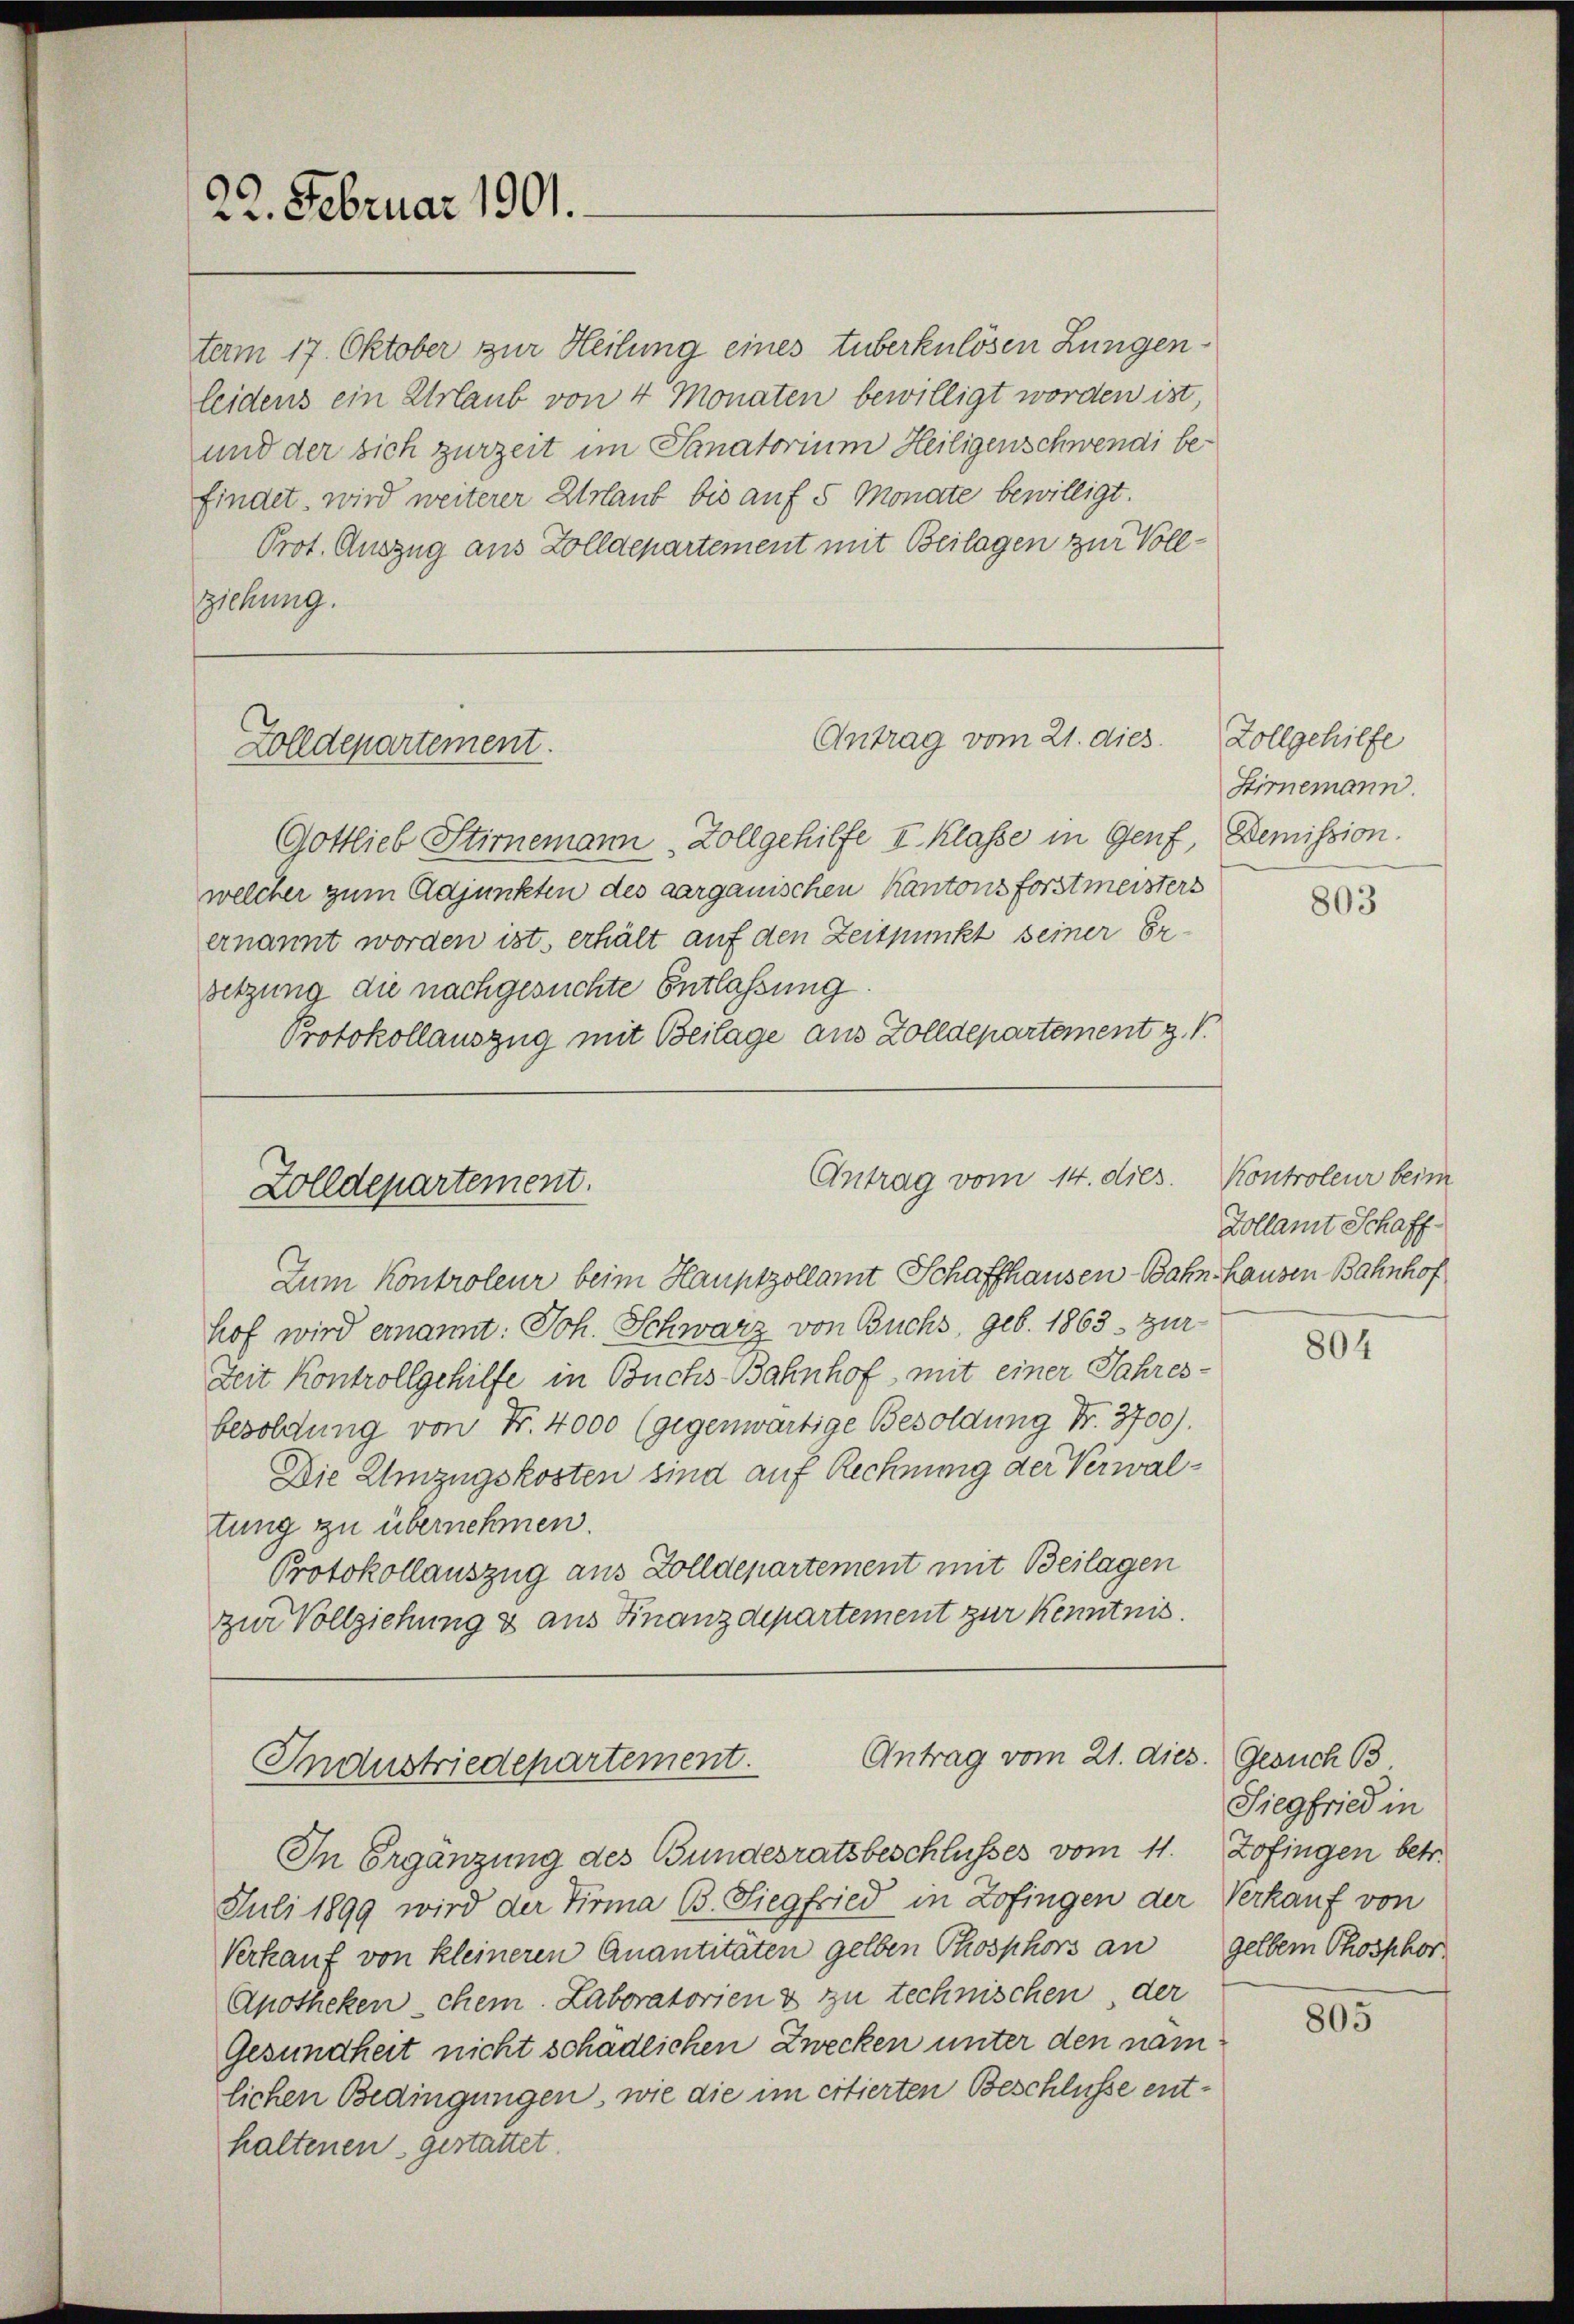
22. Februar 1901.

term 17. Oktober zur Heilung eines tuberkulösen Lungenleidens ein Urlaub von 4 Monaten bewilligt worden ist,
und der sich zurzeit im Sanatorium Heiligenschwendi be-
findet, wird weiterer Urlaut bis auf 5 Monate bewilligt.
Prot. Auszug aus Zolldepartement mit Beilagen zur Vollziehung.

Golldepartement.

Zolldepartement.

Antrag vom 21. dies

Antrag vom 14. dies. Kontroleur beim

Gottlieb Stirnemann Zollgehilfe I. Klasse in Genf, Demission.
welcher zum Adjunkten des aargauischen Kantonsforstmeisters
ernannt worden ist, erhält auf den Zeitpunkt seiner Er-
setzung die nachgesuchte Entlassung.
Protokollauszug mit Beilage aus Zolldepartement z. B.

Zum Kontroleur beim Hauptzollamt Schaffhausen Bahn Hausen Bahnhof
hof wird ernannt: Joh. Schwarz von Buchs, geb. 1863 zur
Zeit Kontrollgehilfe in Buchs Bahnhof mit einer Jahres-
besoldung von Fr. 4000 (gegenwärtige Besoldung Nr. 3700).
Die Umzugskosten sind auf Rechnung der Verwaltung zu übernehmen.
Protokollauszug aus Zolldepartement mit Beilagen
zur Vollziehung & aus Finanzdepartement zur Kenntnis.

Antrag vom 21. dies.
Industriedepartement.

In Ergänzung des Bundesratsbeschlusses vom 11. Zofingen betr.
Juli 1899 wird der Firma B. Siegfried in Zofingen der Verkauf von
Verkauf von kleineren Quantitäten gelben Phosphors an
Apotheken chem. Laboratorien & zu technischen der
Gesundheit nicht schädlichen Zwecken unter den namlichen Bedingungen, wie die im citierten Beschlüsse enthaltenen gestattet.

Zollgehilfe
Stirnemann.

803

Zollamt Schaff¬

804

Gesuch 13
Siegfried in
gelben Phosphor

805